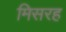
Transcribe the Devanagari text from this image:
मिसरह